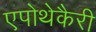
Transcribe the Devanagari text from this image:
एपोथेकैरी